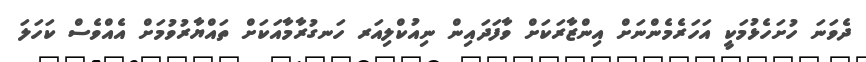
ދެވަނަ ހުށަހެޅުމަކީ އަހަރެމެންނަށް އިންޒާރަކަށް ވާފަދައިން ނިއުކްލިއަރ ހަނގުރާމާއަކަށް ތައްޔާރުވުމަށް އެއްވެސް ކަހަލަ